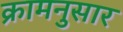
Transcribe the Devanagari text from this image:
क्रामनुसार